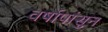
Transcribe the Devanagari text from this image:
वर्षापांसुन